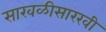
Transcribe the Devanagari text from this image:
साखळीसारखी